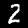
Label: 2